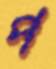
প